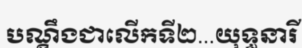
បណ្តឹងជាលើកទី២...យុទ្ធនារី